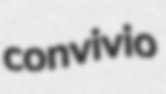
convivio